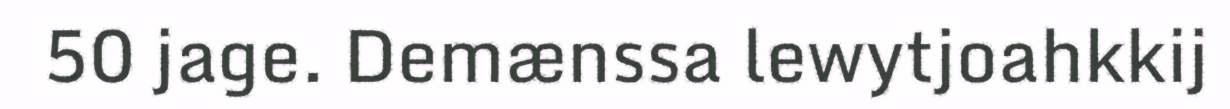
50 jage. Demænssa lewytjoahkkij